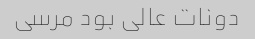
دونات عالی بود مرسی